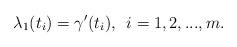
LaTeX: \begin{align*}\lambda_1(t_i)=\gamma'(t_i),\,\,\, i=1,2,...,m.\end{align*}